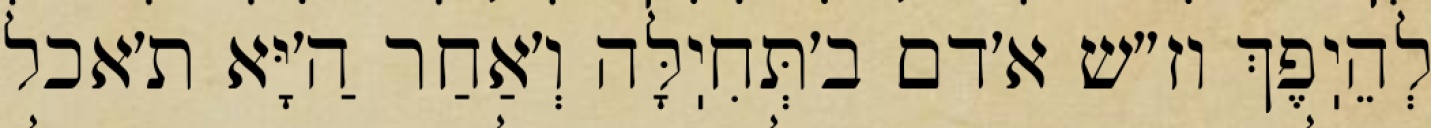
לְהֵיֽפֶךְ וז״ש א׳דם ב׳תְּחִיֽלָּה וְ׳אַחַר הַ׳יָּא ת׳אכל